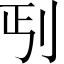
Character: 𱐒